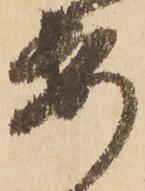
安